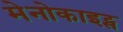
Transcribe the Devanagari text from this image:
मेनोकाइट्स